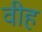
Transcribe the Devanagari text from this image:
वीह